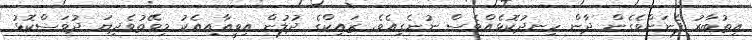
އިތުބާރު ފެނަށްވެގެން ދާން ހިނދުކޮޅެއްވެސް ނުނެގިއެވެ. ޒައިކްގެ ދުލުން އިވީއާއިއެކު މިވޭތުވެދިޔަ ދުވަސްކޮޅު